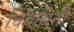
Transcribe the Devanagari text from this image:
चियारिनी